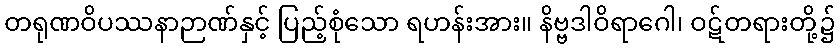
တရုဏဝိပဿနာဉာဏ်နှင့် ပြည့်စုံသော ရဟန်းအား။ နိဗ္ဗဒါဝိရာဂေါ၊ ဝဋ်တရားတို့၌